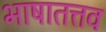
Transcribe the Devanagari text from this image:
भाषातत्तव